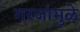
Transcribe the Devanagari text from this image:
गरजांमुळे